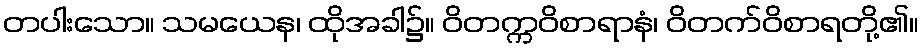
တပါးသော။ သမယေန၊ ထိုအခါ၌။ ဝိတက္ကဝိစာရာနံ၊ ဝိတက်ဝိစာရတို့၏။